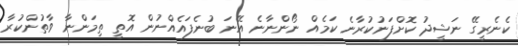
ކެނެރީގޭ ނަޝީދު ކޮށްފަނުކުރާނެ ކަމެއް ނޯންނާނެ އޭނަ ބުނެފައެއްނުން އޮތީ ތިމަންނާ ވާތުންކުރާ